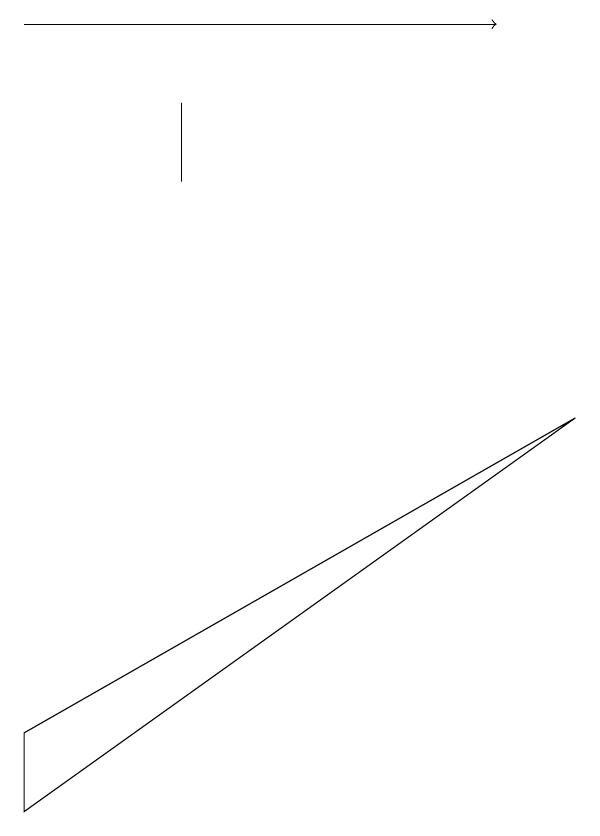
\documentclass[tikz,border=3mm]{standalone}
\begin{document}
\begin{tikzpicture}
\draw (3,12) rectangle (3,13);
\draw (1,4) -- (8,9) -- (1,5) -- cycle;
\draw[->] (1,14) -- (7,14);
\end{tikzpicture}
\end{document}